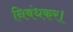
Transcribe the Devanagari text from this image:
निबंधकर।